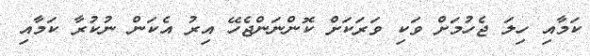
ކަމާއި ހިލަ ޖެހުމަށް ވަކި ވަރަކަށް ކޮންނަންޖެހޭ އިރު އެކަން ނުކުރާ ކަމާއި